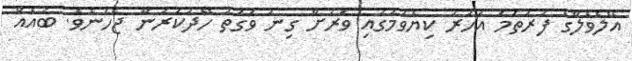
އޭލެވެލްގެ ފުރަތަމަ އަހަރު ކިޔެވުމުގައި ވަރަށް ގިނަ ވަގުތު ހޭދަކުރަން ޖެހުނެވެ. ބައެއް